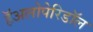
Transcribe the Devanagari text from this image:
हॅअलोपेरिडॉल